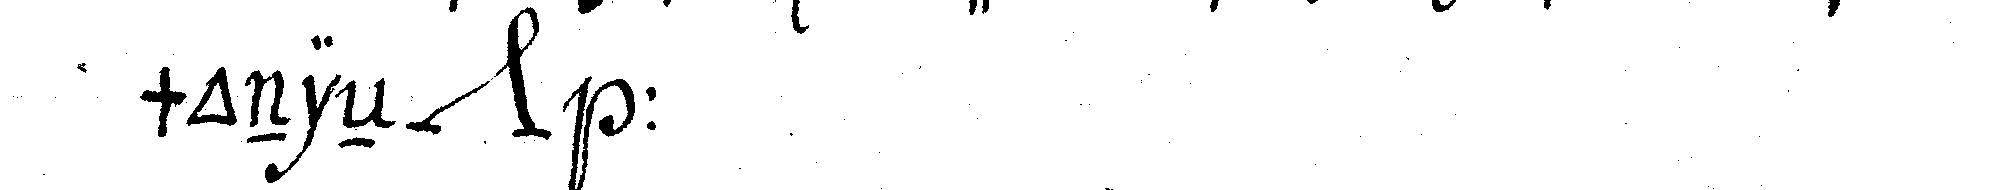
monieN *nee* :